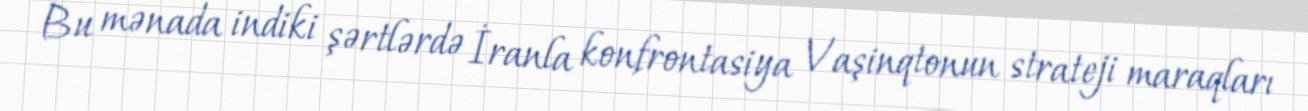
Bu mənada indiki şərtlərdə İranla konfrontasiya Vaşinqtonun strateji maraqları